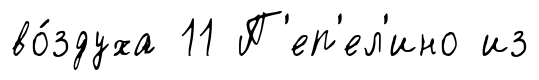
во́здуха 11 П'еп'ел'ино из